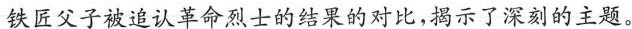
铁匠父子被追认革命烈士的结果的对比,揭示了深刻的主题。